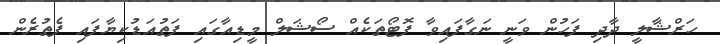
ހަރްޝާލީ ދާދި ފަހުން ވަނީ ނަގާފައިވާ ފޮޓޯތަކެއް ސޯޝަލް މީޑިއާގައި ފަތުއަޑުކިޔާފައި ފެތުރެން